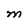
Character: M